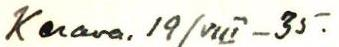
Kerava. 19/VIII-35.